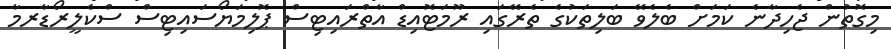
މިގޮތުން ޖެހިދާނެ ކަމަށް ބެލެވޭ ބަލިތަކުގެ ތެރޭގައި ރޫމަޓޮއިޑް އާތްރައިޓިސް ޕޮލިމަޔޯސައިޓިސް ސްކެލީރޯޑާރމާ